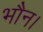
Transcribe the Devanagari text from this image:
भौन।